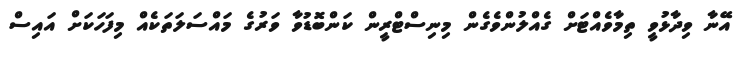
އޭނާ ވިދާޅުވީ ތިމާވެއްޓަށް ގެއްލުންވެގެން މިނިސްޓްރީން ކަންބޮޑުވާ ވަރުގެ މައްސަލަތަކެއް މިފަހަކަށް އައިސް